King Institute of Preventive Medicine Micro-Biological Section reports 1909-11
Year: 1909
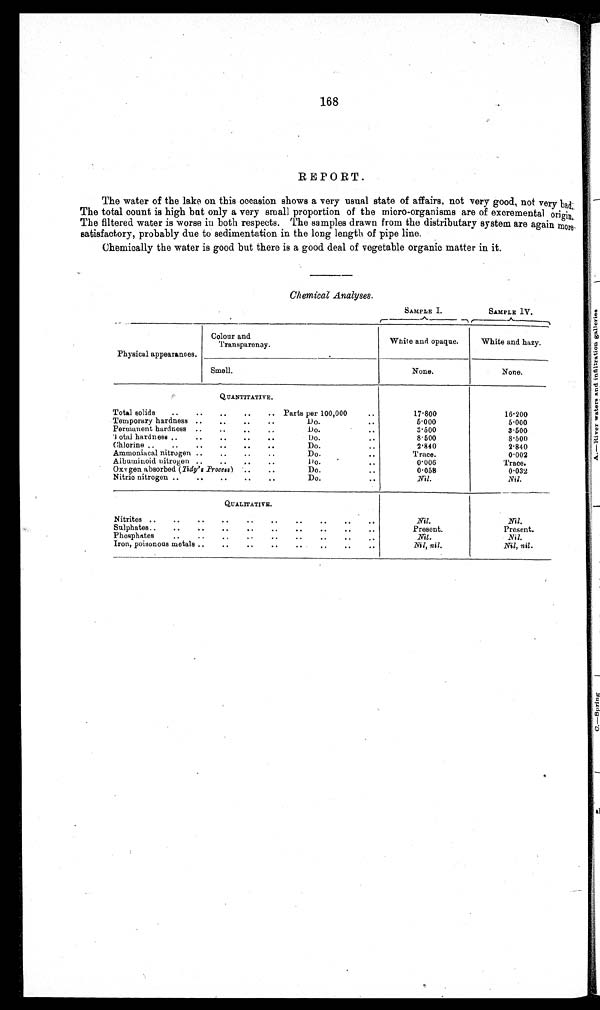
SAMPLE I.
SAMPLE IV.
168
REPORT.
The water of the lake on this occasion shows a very usual state of affairs, not very good, not very bad;
The total count is high bat only a very small proportion of the micro-organisms are of excremental origin.
The filtered water is worse in both respects. The samples drawn from the distributary system are again more
satisfactory, probably due to sedimentation in the long length of pipe line.
Chemically the water is good but there is a good deal of vegetable organic matter in it.
Chemical Analyses.
Physical appearances.
Colour and
Transparenay.
White and opaque.
White and hazy.
Smell.
None.
None.
QUANTITATIVE.
Total solids
..
..
..
..
.. Parts per 100,000 ..
17.800
16.200
Temporary hardness ..
..
..
..
Do. .. 5.000
5.000
Permanent hardness ..
..
..
..
Do. ..
3.500
3.500
Total hardness . .
..
..
..
..
Do. ..
8.500
8.500
Chlorine ..
..
..
..
..
..
Do.
..
2.840
2.840
Ammoniacal nitrogen ..
..
..
..
Do.
• •
Trace.
0.002
Aibuminoid nitrogen ..
..
..
..
Do.
. .
0.006
Trace.
Oxygen absorbed (Tidy's P r o c e s s )
. .
..
Do. .. 0.058
0.032
Nitric nitrogen ..
..
..
..
..
Do. .. Nil.
Nil.
QUALITATIVE.
Nitrites ..
..
..
..
. . ..
..
..
..
..
Nil.
Present.
Nil.
Nil, Nil.
Nil.
Present.
Nil.
Nil, Nil.
Sulphates ..
..
..
..
..
..
..
..
..
..
Phosphates
..
..
..
..
..
..
..
..
..
Iron, poisonous metals ..
..
..
..
..
..
..
..